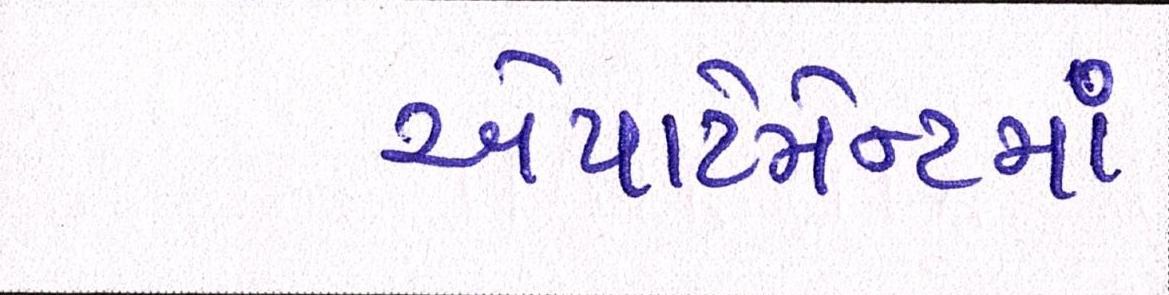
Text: એપાર્ટમેન્ટમાં